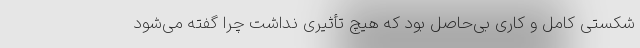
شکستی کامل و کاری بی‌حاصل بود که هیچ تأثیری نداشت چرا گفته می‌شود